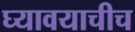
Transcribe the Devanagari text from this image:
घ्यावयाचीच